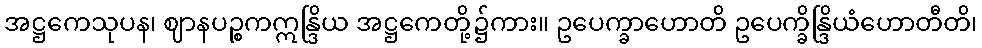
အဋ္ဌကေသုပန၊ ဈာနပဉ္စကဣန္ဒြိယ အဋ္ဌကေတို့၌ကား။ ဥပေက္ခာဟောတိ ဥပေက္ခိန္ဒြိယံဟောတီတိ၊